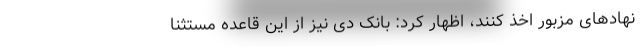
نهادهای مزبور اخذ کنند، اظهار کرد: بانک دی نیز از این قاعده مستثنا